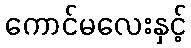
ကောင်မလေးနှင့်